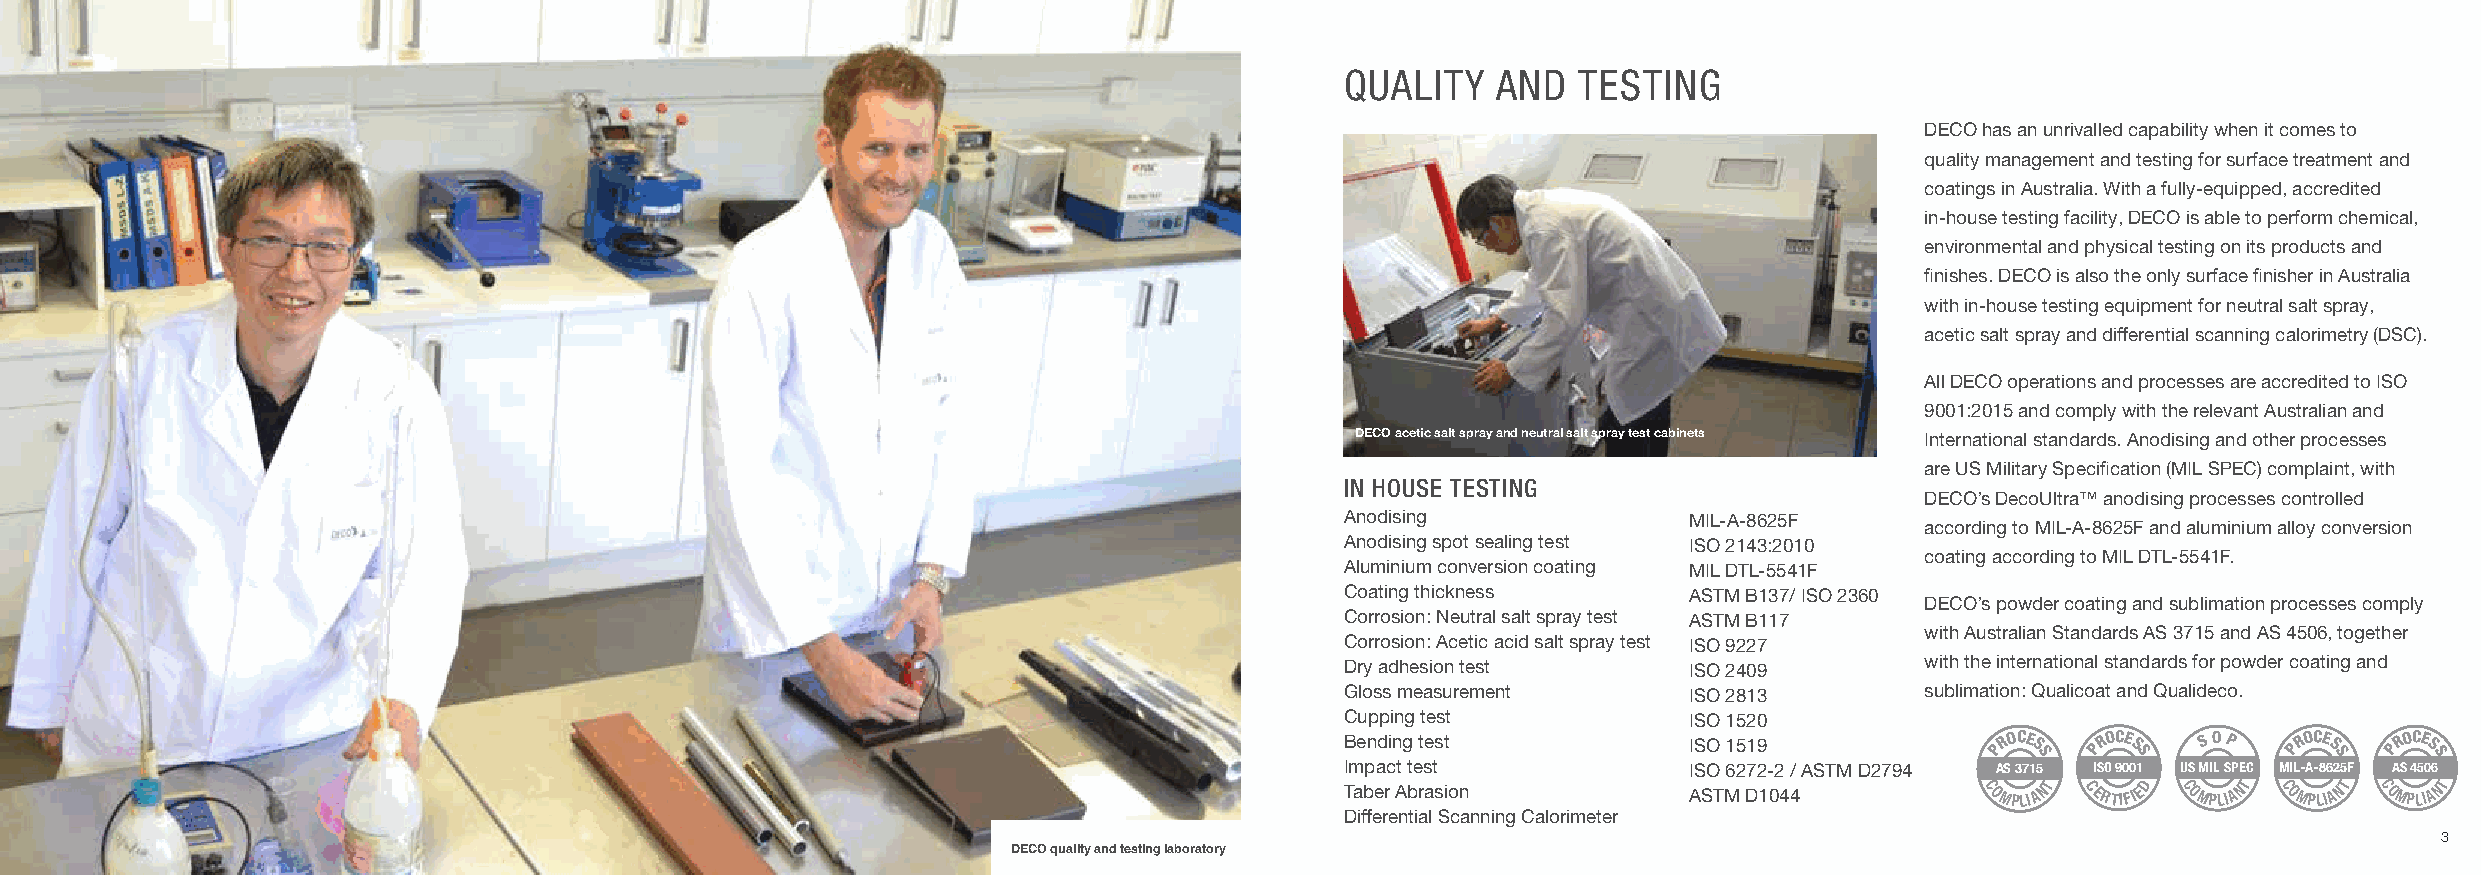
QUALITY   AND   TESTING
 DECO has an unrivalled capability when it comes to
 quality management and testing for surface treatment and
 coatings in Australia. With a fully-equipped, accredited
 in-house testing facility, DECO is able to perform chemical,
 environmental and physical testing on its products and
 finishes. DECO is also the only surface finisher in Australia
 with in-house testing equipment for neutral salt spray,
 acetic salt spray and differential scanning calorimetry (DSC).
 All DECO operations and processes are accredited to ISO
 9001:2015 and comply with the relevant Australian and
 DECO acetic salt spray and neutral salt spray test cabinets International standards. Anodising and other processes
 are US Military Specification (MIL SPEC) complaint, with
 IN HOUSE TESTING
 DECO’s DecoUltra™ anodising processes controlled
 Anodising              MIL-A-8625F
 according to MIL-A-8625F and aluminium alloy conversion
 Anodising spot sealing test ISO 2143:2010
 coating according to MIL DTL-5541F.
 Aluminium conversion coating MIL DTL-5541F
 Coating thickness      ASTM B137/ ISO 2360
 DECO’s powder coating and sublimation processes comply
 Corrosion: Neutral salt spray test ASTM B117
 with Australian Standards AS 3715 and AS 4506, together
 Corrosion: Acetic acid salt spray test ISO 9227
 Dry adhesion test      ISO 2409       with the international standards for powder coating and
 Gloss measurement      ISO 2813       sublimation: Qualicoat and Qualideco.
 Cupping test           I S O 1520
 Bending test           I S O 1519          PROCE S PROCE S S O P PROCE S PROCE S
 S     S            S      S
 Impact test            ISO 6272-2 / ASTM D2794 AS 3715 ISO 9001 US MIL SPEC MIL-A-8625F AS 4506
 Taber Abrasion         ASTM D1044         COMPLIANT CERTIFIED COMPLIANT COMPLIANT COMPLIANT
 Differential Scanning Calorimeter
 2                                                                                                                                                               3
 DECO quality and testing laboratory